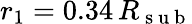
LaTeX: r_{1}=0.34\, R_{\mathrm{~s~u~b~}}